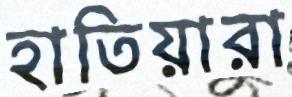
হাতিয়ারা